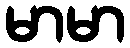
မာမာ